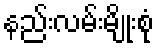
နည်းလမ်းမျိုးစုံ